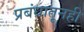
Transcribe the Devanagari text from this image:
प्रबंधातूनही